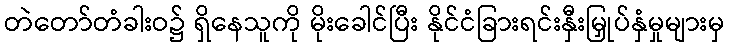
တဲတော်တံခါးဝ၌ ရှိနေသူကို မိုးခေါင်ပြီး နိုင်ငံခြားရင်းနှီးမြှုပ်နှံမှုများမှ